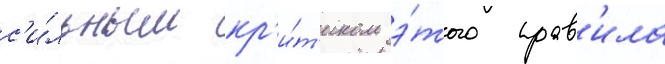
с'и́льным кр'и́т'иком э́того прав'ила